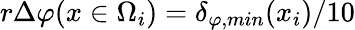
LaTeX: {r\Delta\varphi(x\in\Omega_{i})=\delta_{\varphi,min}(x_{i})/10}